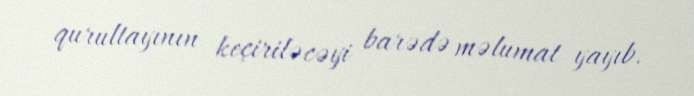
qurultayının keçiriləcəyi barədə məlumat yayıb.